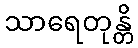
သာရေတုန္တိ